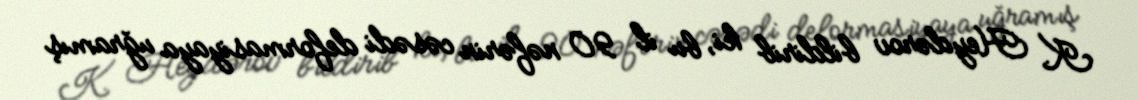
K. Heydərov bildirib ki, bu il 90 nəfərin cəsədi deformasiyaya uğramış